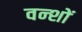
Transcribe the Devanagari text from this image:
वन्शों